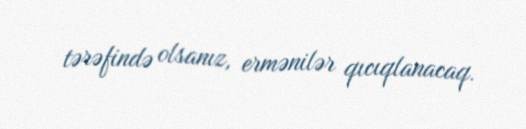
tərəfində olsanız, ermənilər qıcıqlanacaq.